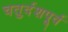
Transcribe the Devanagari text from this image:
चतुर्दशपूर्व